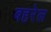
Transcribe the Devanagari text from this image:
बहरेल